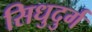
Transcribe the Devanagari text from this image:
सिधुदुर्ग